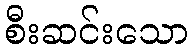
စီးဆင်းသော